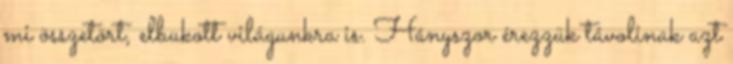
mi összetört, elbukott világunkra is. Hányszor érezzük távolinak azt